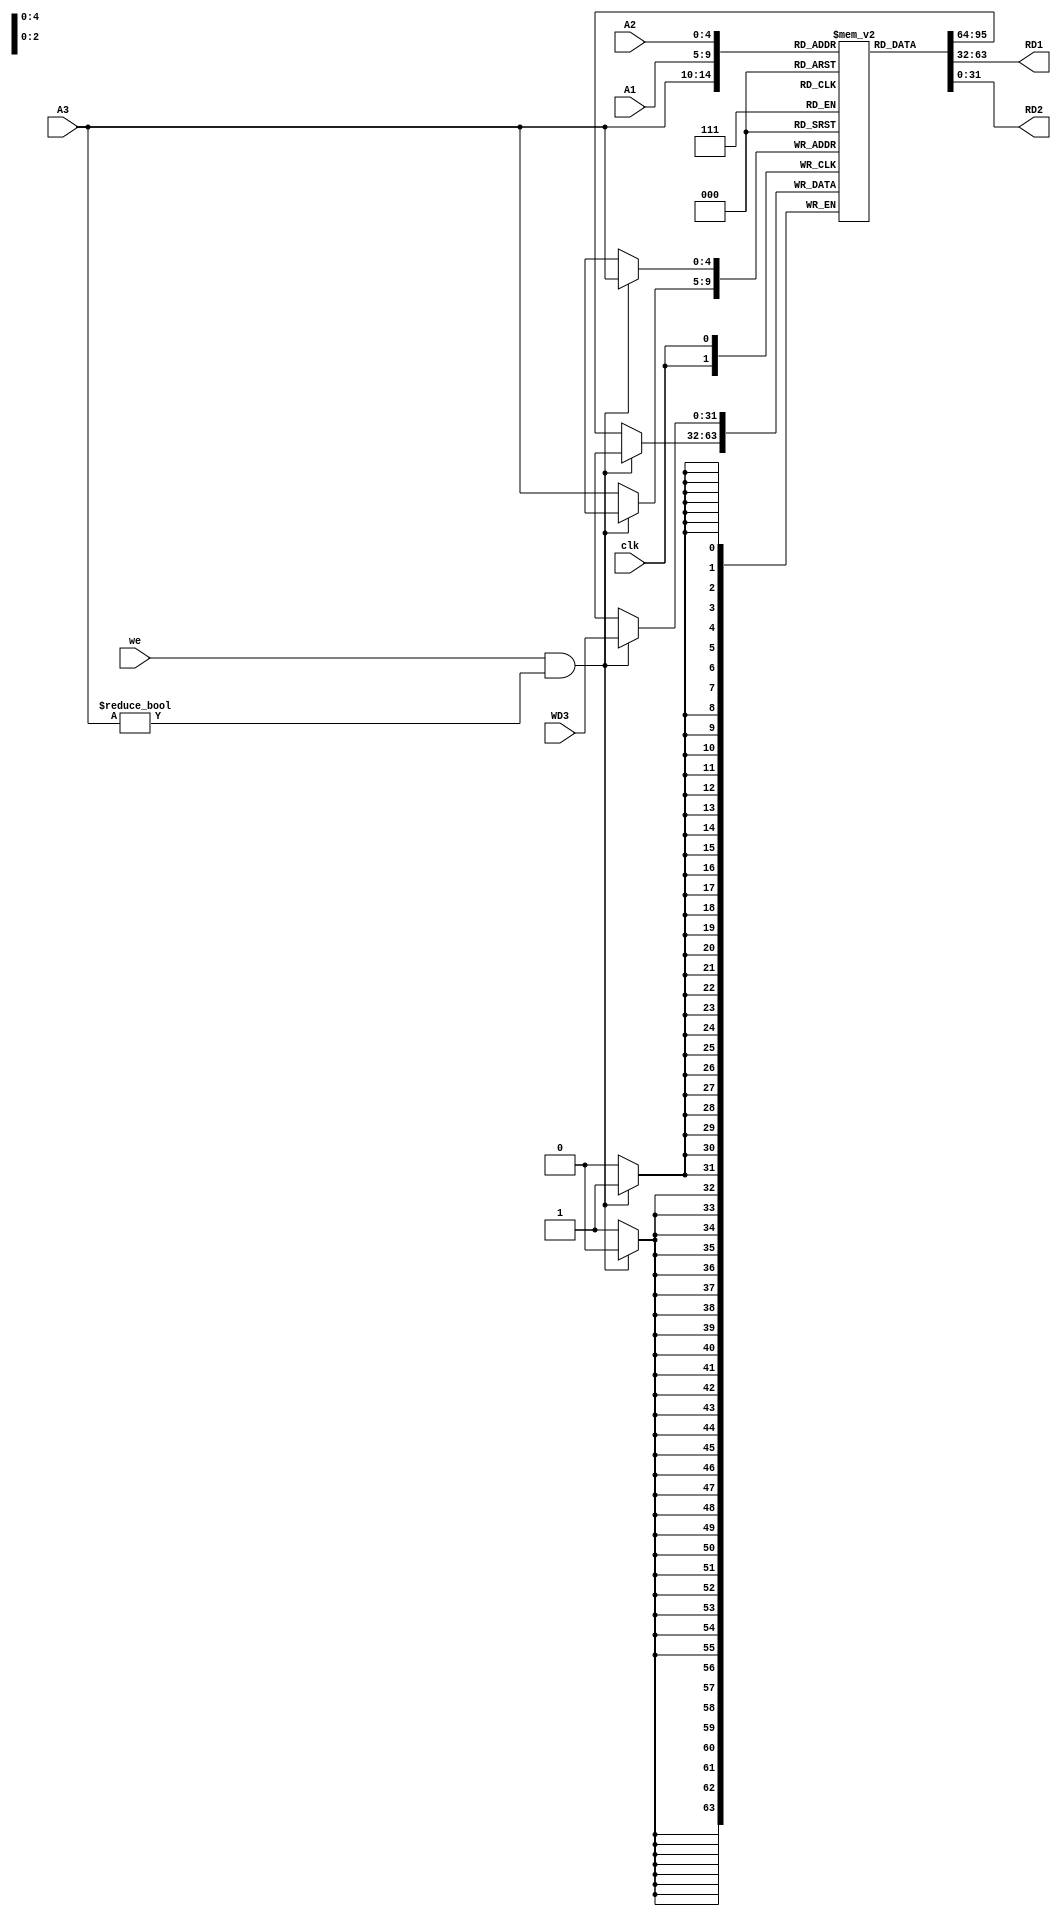
module RegisterFile(input clk,we,input [4:0] A1,A2,A3,input[31:0] WD3,output[31:0] RD1,RD2);
	reg[31:0] mem [0:31];
	initial begin
		mem[0]=32'b0;
	end
	assign RD1=mem[A1];
	assign RD2=mem[A2];
	always@(posedge clk)begin 
		if(we==1&&A3!=32'b0)
			mem[A3]<=WD3;
		else
			mem[A3]<=mem[A3];
	end
endmodule